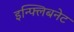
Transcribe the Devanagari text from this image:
इन्फ्लिबनेट